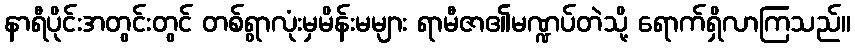
နာရီပိုင်းအတွင်းတွင် တစ်ရွာလုံးမှမိန်းမများ ရာမီဇာ၏မဏ္ဍပ်တဲသို့ ရောက်ရှိလာကြသည်။